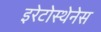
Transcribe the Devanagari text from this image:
इरेटोस्थेनेस